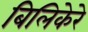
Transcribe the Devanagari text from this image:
बिलिकेरे